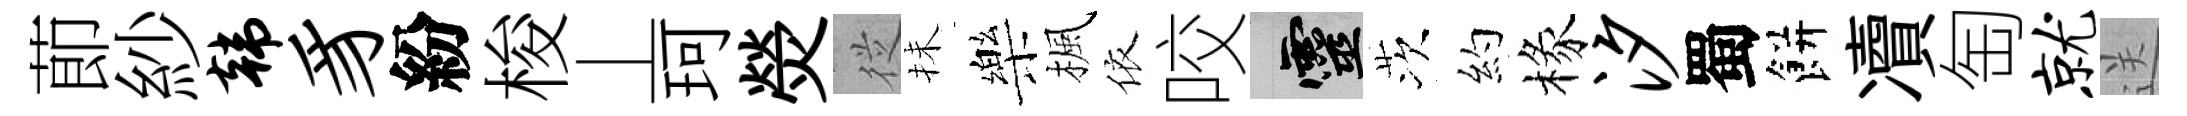
莭紗韩豸紛梭丄珂熒従抺樂楓依咬靈茨約椽汐蜀餅凟匋就送